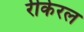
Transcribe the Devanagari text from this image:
रीकेरल